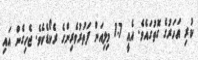
ކުރި އަހަރުގެ ގޮތުގައެވެ. އެއީ 1.7 މިލިއަން ފަތުރުވެރިންގެ ރެކޯޑެކެވެ. ޖެހިގެން އައި